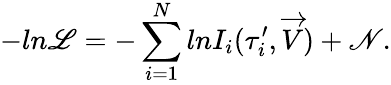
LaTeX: -ln\mathscr{L}=-\sum_{i=1}^{N}lnI_{i}({\tau}_{i}^{\prime},\overrightarrow{V})+\mathscr{N}.